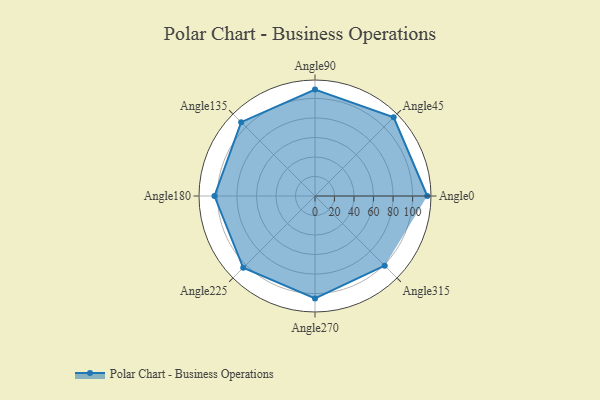
{"axis": {"x": "Angle", "y": "Radius"}, "legend": [""], "data": [{"x": "Angle0", "y": 115.0, "type": ""}, {"x": "Angle45", "y": 114.0, "type": ""}, {"x": "Angle90", "y": 109.0, "type": ""}, {"x": "Angle135", "y": 107.0, "type": ""}, {"x": "Angle180", "y": 103.0, "type": ""}, {"x": "Angle225", "y": 104.0, "type": ""}, {"x": "Angle270", "y": 105.0, "type": ""}, {"x": "Angle315", "y": 101.0, "type": ""}]}